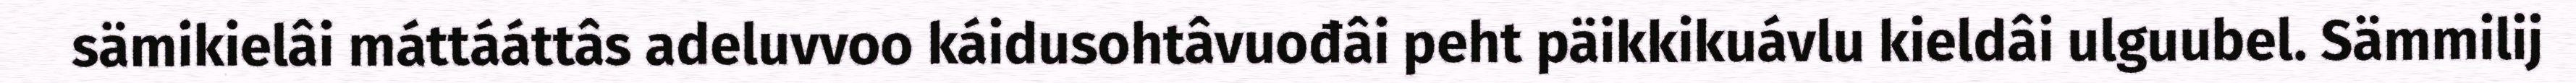
sämikielâi máttááttâs adeluvvoo káidusohtâvuođâi peht päikkikuávlu kieldâi ulguubel. Sämmilij